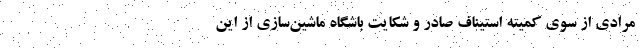
مرادی از سوی کمیته استیناف صادر و شکایت باشگاه ماشین‌سازی از این